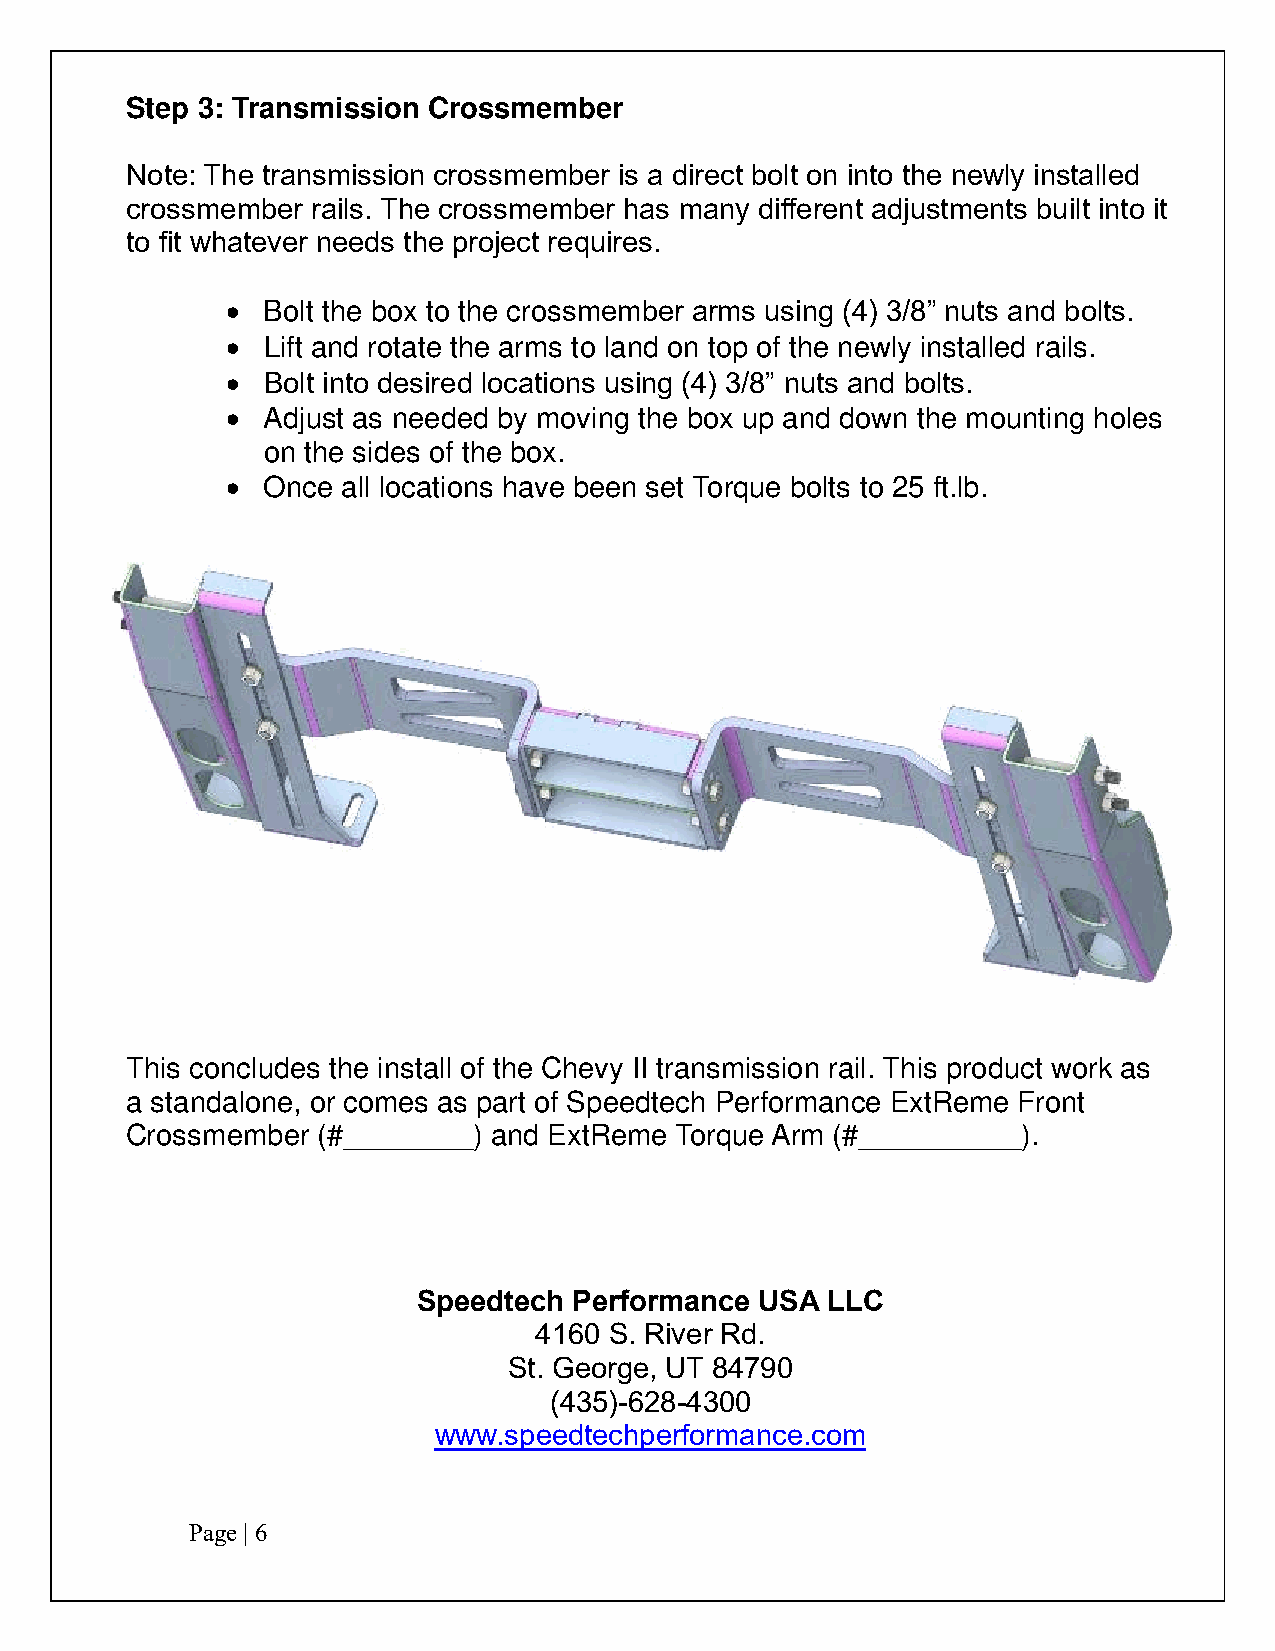
Step 3: Transmission Crossmember
 Note: The transmission crossmember is a direct bolt on into the newly installed
 crossmember  rails. The crossmember has many different adjustments built into it
 to fit whatever needs the project requires.
 • Bolt the box to the crossmember arms using (4) 3/8” nuts and bolts.
 • Lift and rotate the arms to land on top of the newly installed rails.
 • Bolt into desired locations using (4) 3/8” nuts and bolts.
 • Adjust as needed by moving the box up and down the mounting holes
 on the sides of the box.
 • Once  all locations have been set Torque bolts to 25 ft.lb.
 This concludes the install of the Chevy II transmission rail. This product work as
 a standalone, or comes as part of Speedtech Performance ExtReme Front
 Crossmember  (#________) and ExtReme Torque Arm (#__________).
 Speedtech Performance USA  LLC
 4160 S. River Rd.
 St. George, UT 84790
 (435)-628-4300
 www.speedtechperformance.com
 Page | 6